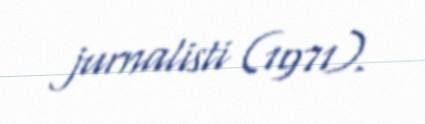
jurnalisti (1971).